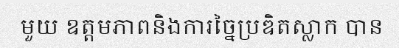
មួយ ឧត្តមភាពនិងការច្នៃប្រឌិតស្លាក បាន